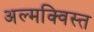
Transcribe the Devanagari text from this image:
अल्मक्विस्त